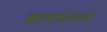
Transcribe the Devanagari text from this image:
कलाक्षेत्रांनी